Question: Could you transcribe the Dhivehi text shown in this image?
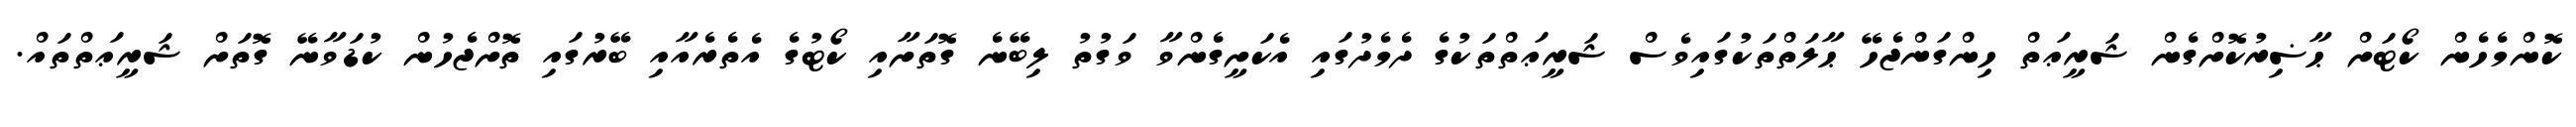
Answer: ކޮންމެހެން ކޯޓަށް ޙާޟިރުކޮށްގެން ޝަރީޢަތް ހިންގަންޖެހޭ ޙާލަތްތަކުގައިވެސް ޝަރީޢަތްތަކުގެ ދެމެދުގައި އެކަށީގެންވާ ވަގުތު ލިބޭނެ ގޮތަށާއި ކޯޓުގެ އެތެރެއާއި ބޭރުގައި ތޮށްޖެހުން ކުޑަވާނޭ ގޮތަށް ޝަރީޢަތްތައް.